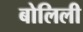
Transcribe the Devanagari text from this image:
बोलिली